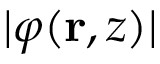
| \varphi ( { \bf r } , z ) |